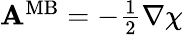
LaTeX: \begin{array}{r}{{\mathbf A}^{\mathrm{MB}}=-{\frac{1}{2}}\nabla\chi}\end{array}